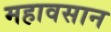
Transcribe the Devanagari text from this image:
महावसान